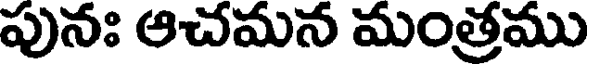
పునః ఆచమన మంత్రము